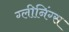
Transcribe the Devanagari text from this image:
ग्लीनिंग्स